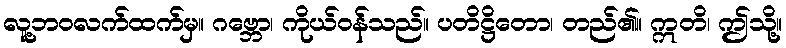
လူ့ဘဝလက်ထက်မှ။ ဂဗ္ဘော၊ ကိုယ်ဝန်သည်။ ပတိဋ္ဌိတော၊ တည်၏။ ဣတိ၊ ဤသို့။